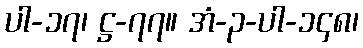
ပါ-၁၇၊ ဋ္ဌ-၇၇။ အံ-၃-ပါ-၁၄၈၊